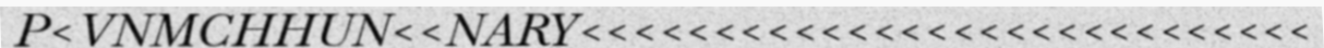
P<VNMCHHUN<<NARY<<<<<<<<<<<<<<<<<<<<<<<<<<<<